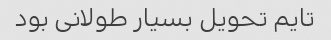
تایم تحویل بسیار طولانی بود